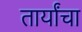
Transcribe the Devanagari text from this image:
तार्यांचा